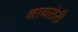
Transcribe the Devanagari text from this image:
नागसेरी